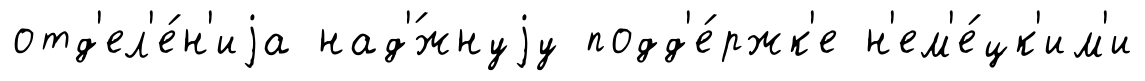
отд'ел'е́н'иjа над'́жнуjу подд'е́ржк'е н'ем'е́цк'им'и